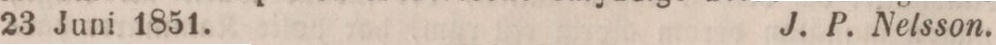
23 Juni 1851.    J. P. Nelsson.